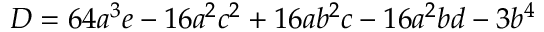
D = 6 4 a ^ { 3 } e - 1 6 a ^ { 2 } c ^ { 2 } + 1 6 a b ^ { 2 } c - 1 6 a ^ { 2 } b d - 3 b ^ { 4 }